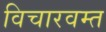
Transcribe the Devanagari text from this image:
विचारवम्त